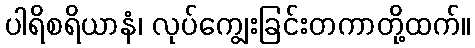
ပါရိစရိယာနံ၊ လုပ်ကျွေးခြင်းတကာတို့ထက်။